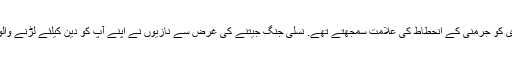
جرمنی میں بہت لوگ ایسے تھے جو ہم جنس پرستوں کی طرف جمہوری وائمر کی رواداری کو جرمنی کے انحطاط کی علامت سمجھتے تھے. نسلی جنگ جیتنے کی غرض سے نازیوں نے اپنے آپ کو دین کیلئے لڑنے والوں کے طور پر ظاہر کیا جو جرمنی سے ہم جنس پرستی کی “بدی” کو اکھاڑنا چاہتے تھے۔